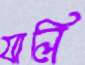
যালি